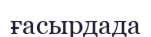
ғасырдада